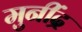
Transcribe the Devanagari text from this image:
मुनींद्र